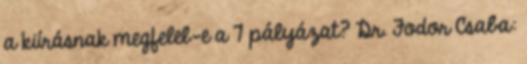
a kiírásnak megfelel-e a 7 pályázat? Dr. Fodor Csaba: